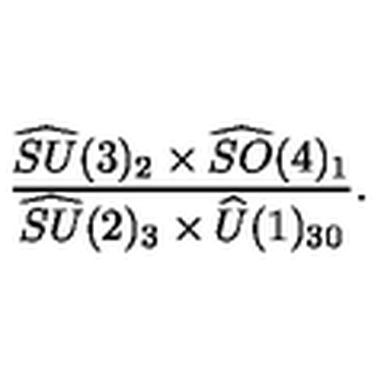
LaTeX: \frac { \widehat { S U } ( 3 ) _ { 2 } \times \widehat { S O } ( 4 ) _ { 1 } } { \widehat { S U } ( 2 ) _ { 3 } \times \widehat { U } ( 1 ) _ { 3 0 } } .